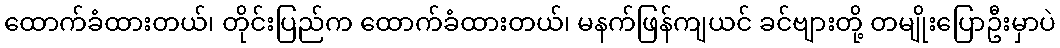
ထောက်ခံထားတယ်၊ တိုင်းပြည်က ထောက်ခံထားတယ်၊ မနက်ဖြန်ကျယင် ခင်ဗျားတို့ တမျိုးပြောဦးမှာပဲ